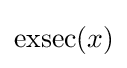
\operatorname {exsec} (x)